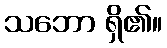
သဘော ရှိ၏။